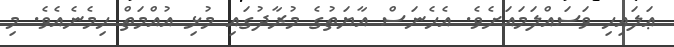
ޢަލައިހި ވަސައްލަމައަށެވެ. އެހެނަސް އާޔަތުގެ މުރާދުގައި މުޅި އުއްމަތް ހިމެނެއެވެ. މި